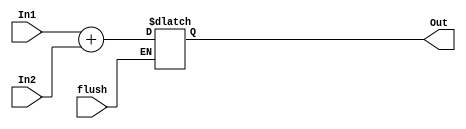
module Adder_flush ( In1 , In2 , flush , Out ) ;

input flush ;
input [31:0] In1 , In2 ;
output reg [31:0] Out ;

always @ (In1 or In2)
begin

if(flush==1)
Out <= Out ;

else 
Out <= In1 + In2 ;
end
endmodule